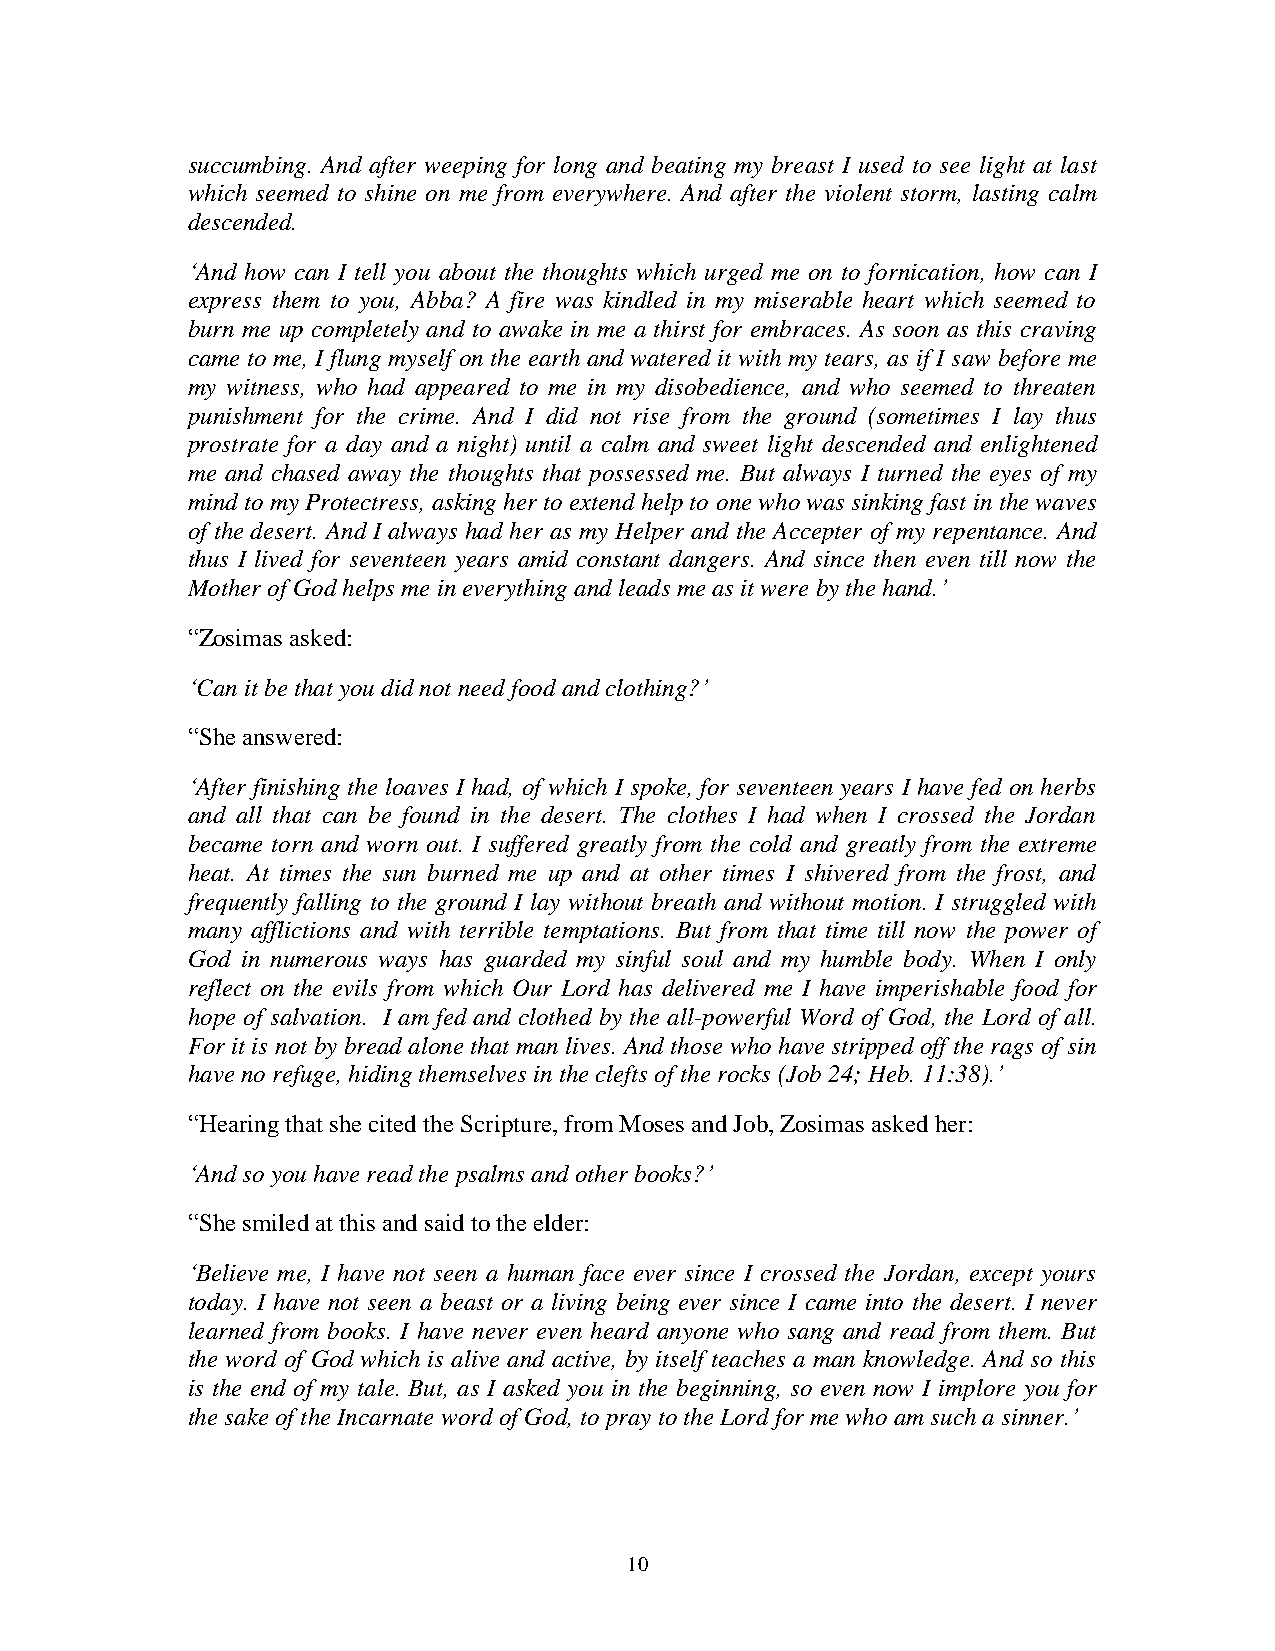
succumbing. And after weeping for long and beating my breast I used to see light at last
 which seemed to shine on me from everywhere. And after the violent storm, lasting calm
 descended.
 ‘And how can I tell you about the thoughts which urged me on to fornication, how can I
 express them to you, Abba? A fire was kindled in my miserable heart which seemed to
 burn me up completely and to awake in me a thirst for embraces. As soon as this craving
 came to me, I flung myself on the earth and watered it with my tears, as if I saw before me
 my witness, who had appeared to me in my disobedience, and who seemed to threaten
 punishment for the crime. And I did not rise from the ground (sometimes I lay thus
 prostrate for a day and a night) until a calm and sweet light descended and enlightened
 me and chased away the thoughts that possessed me. But always I turned the eyes of my
 mind to my Protectress, asking her to extend help to one who was sinking fast in the waves
 of the desert. And I always had her as my Helper and the Accepter of my repentance. And
 thus I lived for seventeen years amid constant dangers. And since then even till now the
 Mother of God helps me in everything and leads me as it were by the hand.’
 “Zosimas asked:
 ‘Can it be that you did not need food and clothing?’
 “She answered:
 ‘After finishing the loaves I had, of which I spoke, for seventeen years I have fed on herbs
 and all that can be found in the desert. The clothes I had when I crossed the Jordan
 became torn and worn out. I suffered greatly from the cold and greatly from the extreme
 heat. At times the sun burned me up and at other times I shivered from the frost, and
 frequently falling to the ground I lay without breath and without motion. I struggled with
 many afflictions and with terrible temptations. But from that time till now the power of
 God in numerous ways has guarded my sinful soul and my humble body. When I only
 reflect on the evils from which Our Lord has delivered me I have imperishable food for
 hope of salvation. I am fed and clothed by the all-powerful Word of God, the Lord of all.
 For it is not by bread alone that man lives. And those who have stripped off the rags of sin
 have no refuge, hiding themselves in the clefts of the rocks (Job 24; Heb. 11:38).’
 “Hearing that she cited the Scripture, from Moses and Job, Zosimas asked her:
 ‘And so you have read the psalms and other books?’
 “She smiled at this and said to the elder:
 ‘Believe me, I have not seen a human face ever since I crossed the Jordan, except yours
 today. I have not seen a beast or a living being ever since I came into the desert. I never
 learned from books. I have never even heard anyone who sang and read from them. But
 the word of God which is alive and active, by itself teaches a man knowledge. And so this
 is the end of my tale. But, as I asked you in the beginning, so even now I implore you for
 the sake of the Incarnate word of God, to pray to the Lord for me who am such a sinner.’
 10